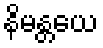
နိမန္တယေ